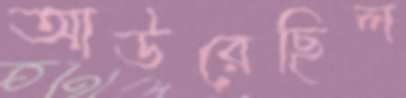
আউরেছিল